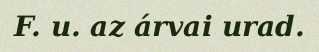
F. u. az árvai urad.